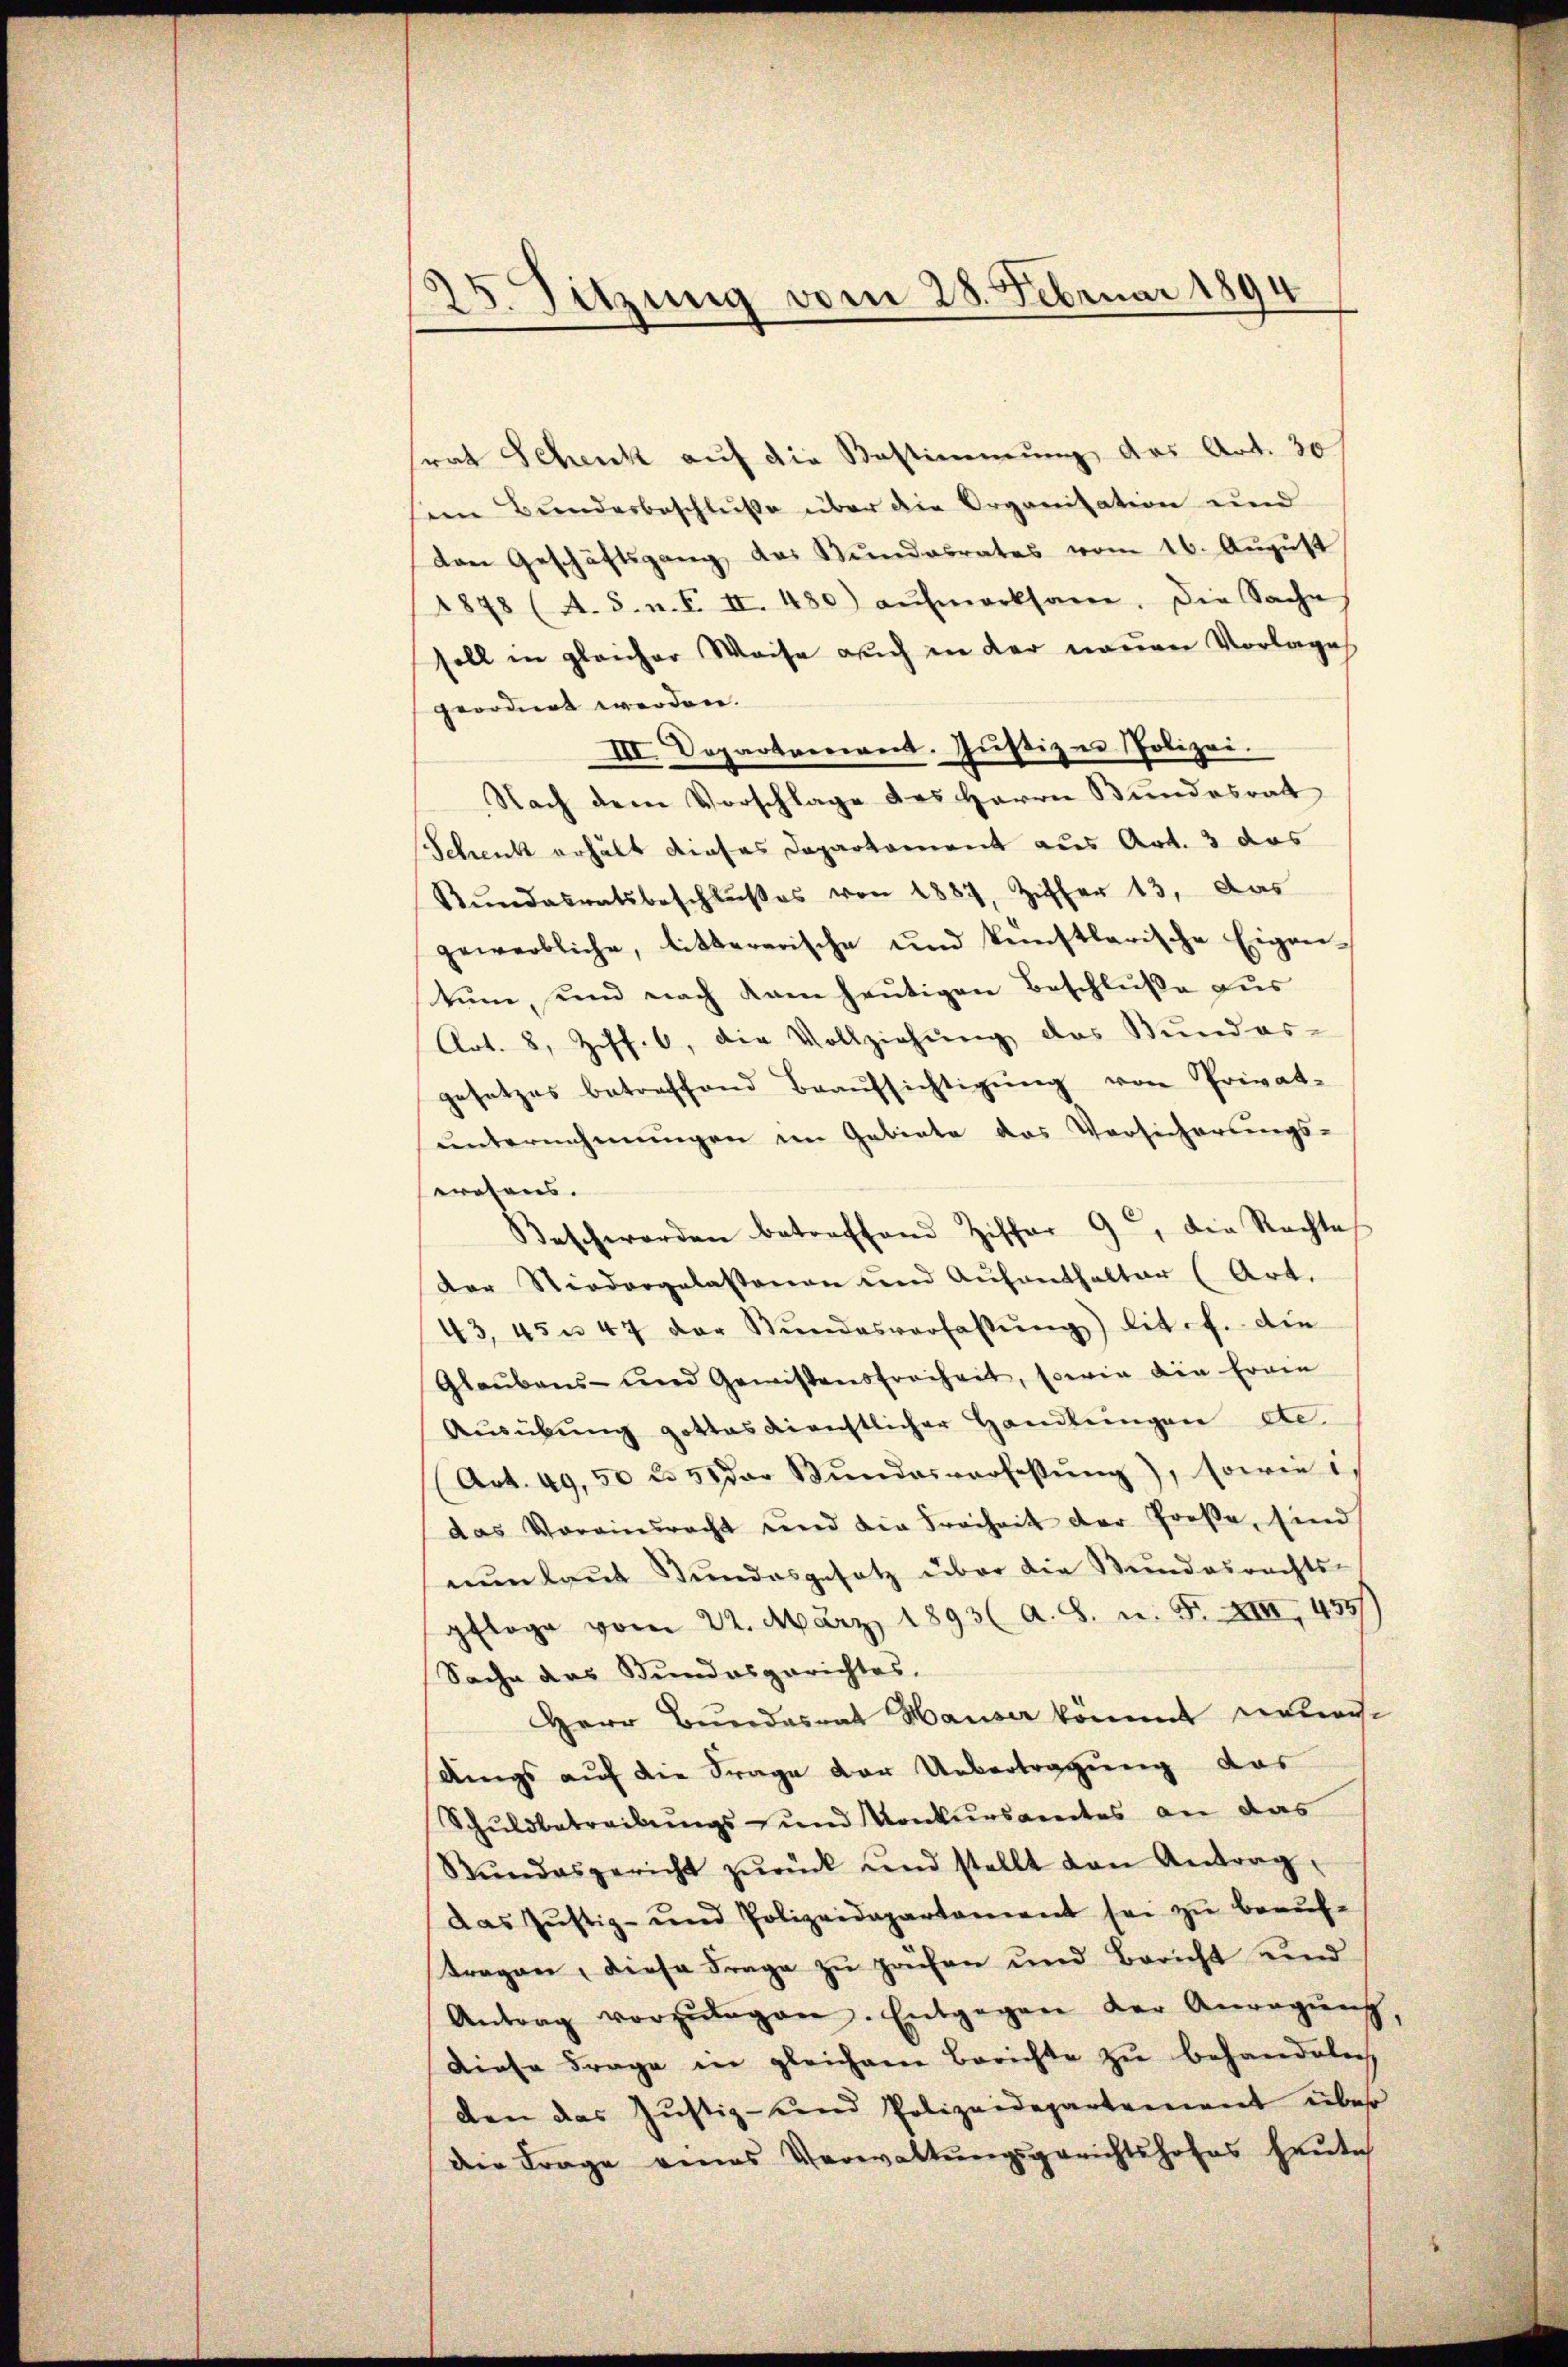
25. Sitzung vom 28. Februar 1894

rat Schenk auf die Bestimmung, das Art. 30/
ein Bŭndesbeschlüße über die Organisation und
den Geschäftsgang des Stundesrates vom 16. August
1878 (A. S. n. F. II. 480) aŭfmerksam. Die Sache
soll in gleicher Weise auch in der neuen Vorlage
geordnet werden.
III. Departement. Justiz u. Polizei.
Nach dem Vorschlage des Herrn Bundesrat
Schenk erhält dieses Daparkoment aus Art. 3 das
Rŭndesratsbeschlŭβes von 1887, Ziffer 13. Das
gewerbliche, littererische und künstlerische Eigen-
tum, und nach kam heutigen Beschluße aus
Art. 8, Ziff. 6, die Vollziehŭng des Bŭndes-
gesetzes betreffend Beaŭfsichtigŭng von Privat-
ŭnternehmungen im Gebiete das Versicherungs-
wrosens.
Beschwerden betreffend Ziffer 9, die Rechte
der Niedergelassenen und Aufenthalter (Art.
43, 45 n 47 der Stŭndesverfassŭng) lit. f. die
Glaubens- und Gewissensfreiheit, sowie die Erwie
Ausübung gottesgerichtlicher Handlungen de
(Art. 49,50 u. 5 der Bŭndesverfassŭng), sowie i
das Vorainsrecht und die Freiheit der Große, sind
nunlaut Stundesgesetz über die Bundesrechts-
pfloge vom 22. März 1893 (a. S. n. F. XIII, 455/
Sache das Bundesgerichtes,
Herr Bundesrat Hauser kömmt unteresdings auf die Frage der Uebertragung das
Schuldbetreibungs- und Konkursamtes an das
Stŭndesgericht zŭrück und stellt den Antrag
das Justiz- und Polizeidepartament sei zu beauf-
tragen, diese Frage zu prüfen und Bericht und
Antrag vorzŭlegen. Entgegen der Anregŭng,
Diese Frage in gleichem Berichte zu behandeln,
den das Justiz- und Polizeidepartement über
die Frage eines Verwaltŭngsgerichtshofes heŭte